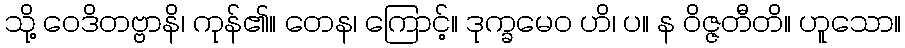
သို့ ဝေဒိတဗ္ဗာနိ၊ ကုန်၏။ တေန၊ ကြောင့်။ ဒုက္ခမေဝ ဟိ၊ ပ။ န ဝိဇ္ဇတီတိ။ ဟူသော။